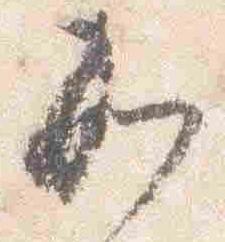
加